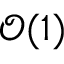
\mathcal { O } ( 1 )